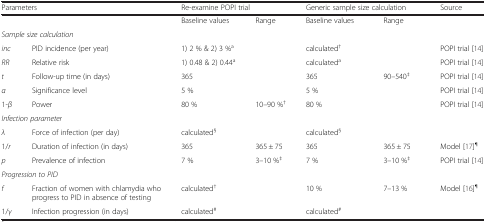
<table><thead><tr><td colspan="2"><b>Parameters</b></td><td colspan="2"><b>Re-examine POPI trial</b></td><td colspan="2"><b>Generic sample size calculation</b></td><td><b>Source</b></td></tr></thead><tbody><tr><td colspan="2"></td><td>Baseline values</td><td>Range</td><td>Baseline values</td><td>Range</td><td></td></tr><tr><td colspan="2"><i>Sample size calculation</i></td><td></td><td></td><td></td><td></td><td></td></tr><tr><td><i>inc</i></td><td>PID incidence (per year)</td><td>1) 2 % &amp; 2) 3 %<sup>a</sup></td><td></td><td>calculated<sup>†</sup></td><td></td><td>POPI trial [14]</td></tr><tr><td><i>RR</i></td><td>Relative risk</td><td>1) 0.48 &amp; 2) 0.44<sup>a</sup></td><td></td><td>calculated<sup>a</sup></td><td></td><td>POPI trial [14]</td></tr><tr><td><i>t</i></td><td>Follow-up time (in days)</td><td>365</td><td></td><td>365</td><td>90–540<sup>‡</sup></td><td>POPI trial [14]</td></tr><tr><td><i>α</i></td><td>Significance level</td><td>5 %</td><td></td><td>5 %</td><td></td><td>POPI trial [14]</td></tr><tr><td>1-<i>β</i></td><td>Power</td><td>80 %</td><td>10–90 %<sup>†</sup></td><td>80 %</td><td></td><td>POPI trial [14]</td></tr><tr><td colspan="2"><i>Infection parameter</i></td><td></td><td></td><td></td><td></td><td></td></tr><tr><td><i>λ</i></td><td>Force of infection (per day)</td><td>calculated<sup>§</sup></td><td></td><td>calculated<sup>§</sup></td><td></td><td></td></tr><tr><td>1/<i>r</i></td><td>Duration of infection (in days)</td><td>365</td><td>365 ± 75</td><td>365</td><td>365 ± 75</td><td>Model [17]<sup>¶</sup></td></tr><tr><td><i>p</i></td><td>Prevalence of infection</td><td>7 %</td><td>3–10 %<sup>‡</sup></td><td>7 %</td><td>3–10 %<sup>‡</sup></td><td>POPI trial [14]</td></tr><tr><td colspan="2"><i>Progression to PID</i></td><td></td><td></td><td></td><td></td><td></td></tr><tr><td><i>f</i></td><td>Fraction of women with chlamydia who progress to PID in absence of testing</td><td>calculated<sup>†</sup></td><td></td><td>10 %</td><td>7–13 %</td><td>Model [16]<sup>¶</sup></td></tr><tr><td>1/<i>γ</i></td><td>Infection progression (in days)</td><td>calculated<sup>#</sup></td><td></td><td>calculated<sup>#</sup></td><td></td><td></td></tr></tbody></table>